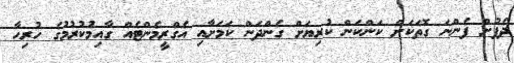
ދެފުށް ފެންނަ ގޮތަކަށް ކަންކަން ކުރިޔަށް ގެންދަން ކަމަށާއި އެގްރީމެންޓެއް ގާއިމުކުރުމުގެ ހުރިހާ